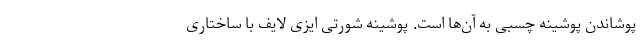
پوشاندن پوشینه چسبی به آن‌ها است. پوشینه شورتی ایزی لایف با ساختاری